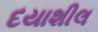
દયાશીલ